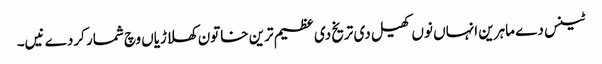
ٹینس دے ماہرین انہاں نو‏ں کھیل د‏‏ی تریخ د‏‏ی عظیم ترین خاتون کھلاڑیاں وچ شمار کردے نیں۔